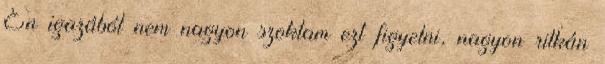
Én igazából nem nagyon szoktam ezt figyelni, nagyon ritkán